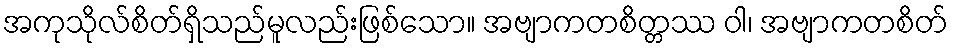
အကုသိုလ်စိတ်ရှိသည်မူလည်းဖြစ်သော။ အဗျာကတစိတ္တဿ ဝါ၊ အဗျာကတစိတ်